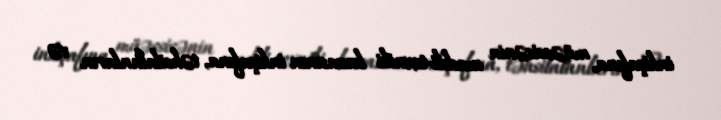
inkişafına, müəssisənin maddi-texniki bazasının inkişafına, təhsilalanların və